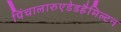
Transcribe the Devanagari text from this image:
पिंचालारुएडेडहैमिल्टन